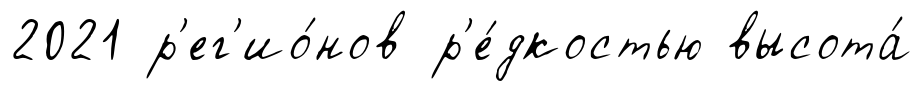
2021 р'ег'ио́нов р'е́дкостью высота́